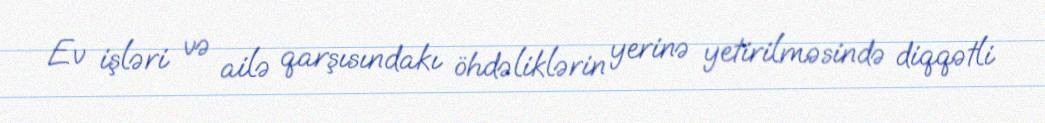
Ev işləri və ailə qarşısındakı öhdəliklərin yerinə yetirilməsində diqqətli